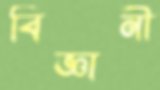
বিজ্ঞানী